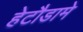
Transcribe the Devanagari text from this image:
हेटौडामे